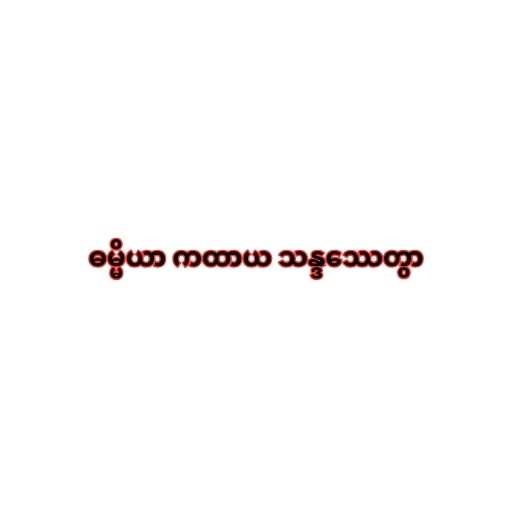
ဓမ္မိယာ ကထာယ သန္ဒဿေတွာ